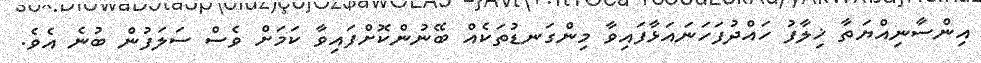
އިންސާނިއްޔަތާ ޚިލާފު ހައްދުފަހަނައަޅާފައިވާ މިންގަނޑުތަކެއް ބޭނުންކޮށްފައިވާ ކަމަށް ވެސް ސަލަފުން ބުނެ އެވެ.